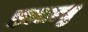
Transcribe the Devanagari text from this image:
इल्लाथु